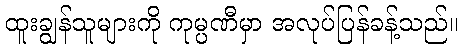
ထူးချွန်သူများကို ကုမ္ပဏီမှာ အလုပ်ပြန်ခန့်သည်။